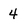
Character: 4